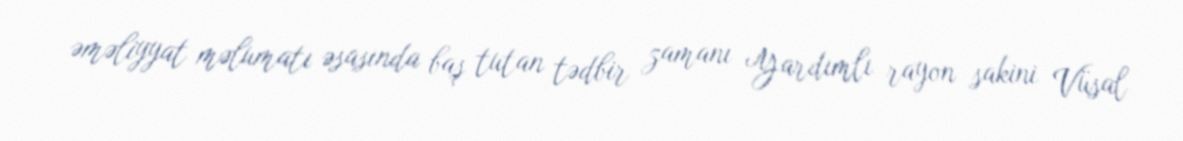
əməliyyat məlumatı əsasında baş tutan tədbir zamanı Yardımlı rayon sakini Vüsal